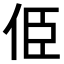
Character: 𠈄